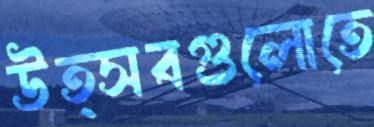
উত্সবগুলোতে